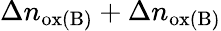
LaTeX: \Delta n_{\mathrm{ox(B)}}+\Delta n_{\mathrm{ox(B)}}